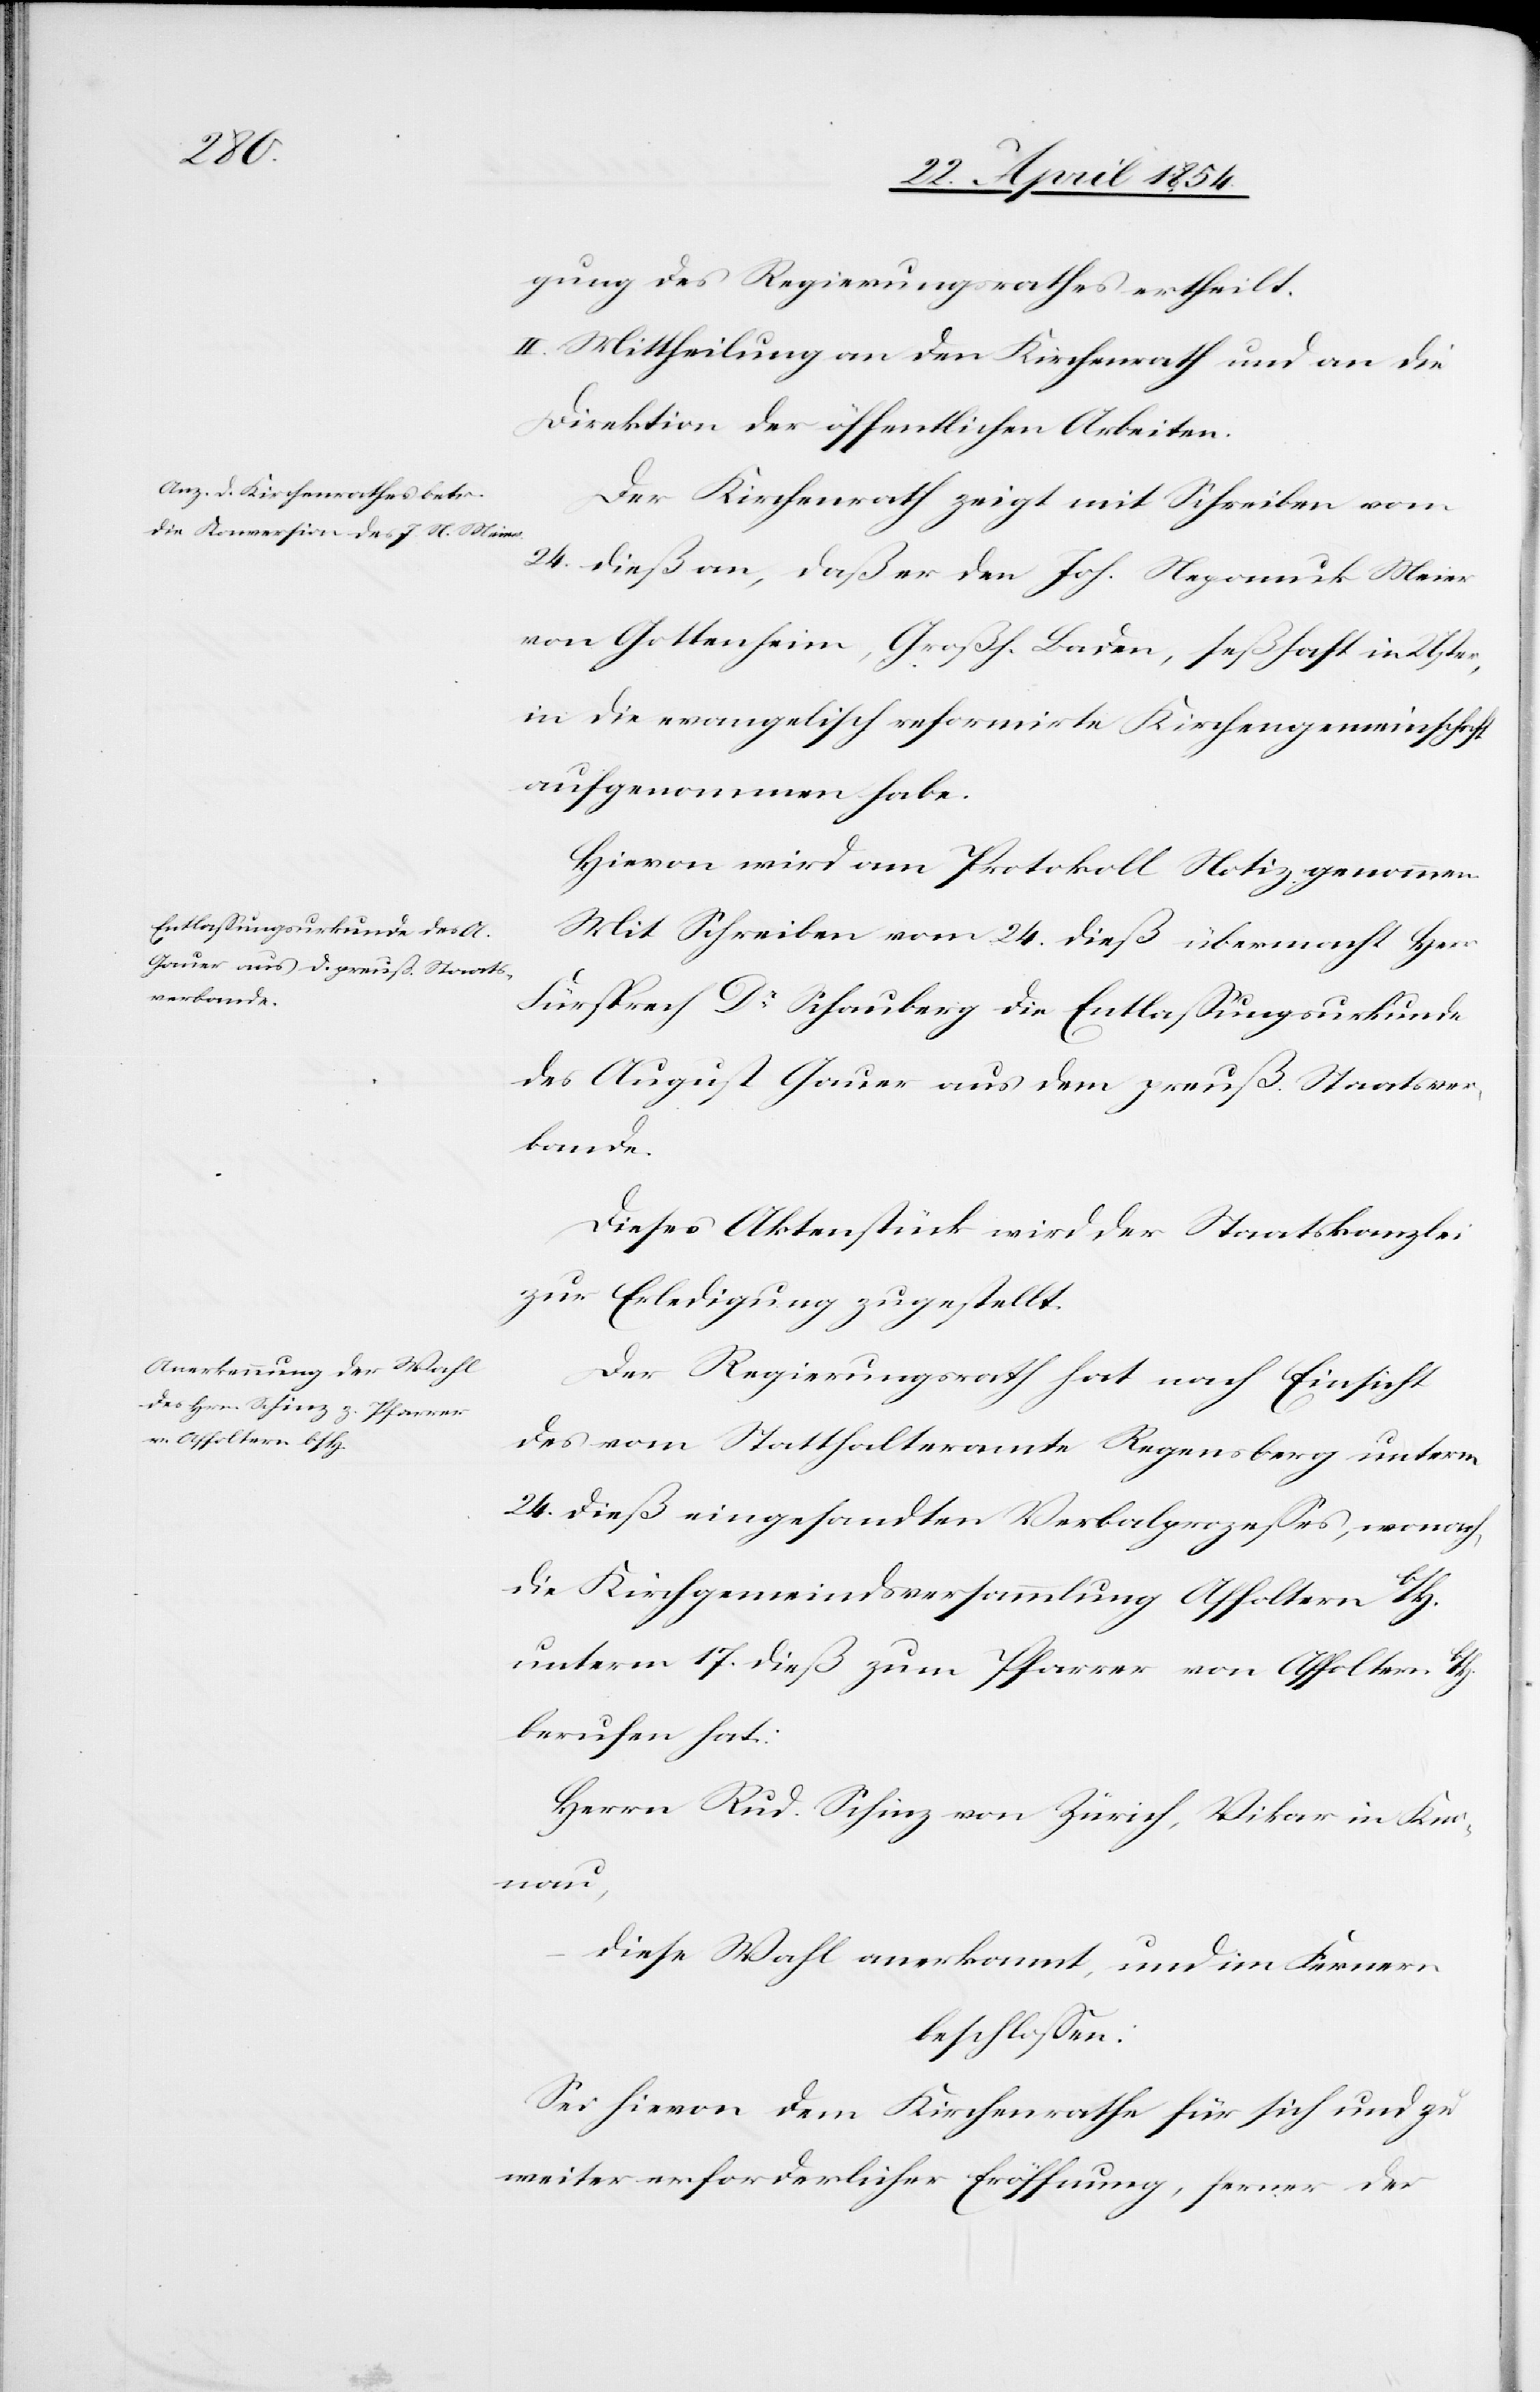
27. April 1854.]
gung des Regierungsrathes ertheilt.
II. Mittheilung an den Kirchenrath und an die
Direktion der öffentlichen Arbeiten.
Der Kirchenrath zeigt mit Schreiben vom
24. dieß an, daß er den Joh. Nepomuk Meier
von Gottheim, Grosh. Baden, seßhaft in Uster,
in die evangelisch reformirte Kirchengemeinschaft
aufgenommen habe.
Hievon wird am Protokoll Notiz genommen.
Mit Schreiben vom 24. dieß übermacht Herr
Fürsprech Dr Schauberg die Entlaßungsurkunde
des August Gauer aus dem preuß. Staatsver¬
bande.
Dieses Aktenstück wird der Staatskanzlei
zur Erledigung zugestellt.
Der Regierungsrath hat nach Einsicht
des vom Statthalteramte Regensberg unterm
24. dieß eingesandten Verbalprozeßes, wonach
die Kirchgemeindsversammlung Affoltern b /Z.
unterm 17. dieß zum Pfarrer von Affoltern b /Z.
berufen hat:
Herrn Rud. Schinz von Zürich, Vikar in Knon¬
au,
diese Wahl anerkannt, und im Fernern
beschloßen:
Sei hievon dem Kirchenrathe für sich und zu
weiter erforderlicher Eröffnung, ferner der